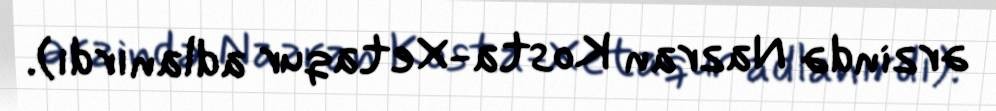
ərzində Nazran Kosta-Xetaqur adlanırdı).